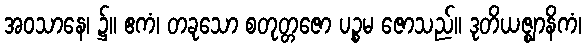
အဝသာနေ၊ ၌။ ဧကံ၊ တခုသော စတုတ္တဇော ပဉ္စမ ဇောသည်။ ဒုတိယဇ္ဈာနိကံ၊